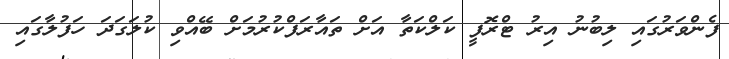
ފެންވަރުގައި ލިބުނު އިރު ޓްރޮފީ ކަލްކަތާ އަށް ތައާރަފްކުރުމަށް ބޭއްވި ކުލަގަދަ ހަފުލާގައި